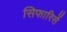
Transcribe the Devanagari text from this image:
सिफारिसें